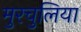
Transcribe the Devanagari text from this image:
मुरचुलिया